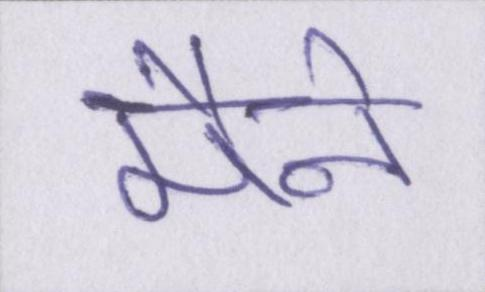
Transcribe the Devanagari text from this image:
मैने